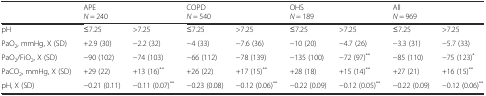
|  | <COLSPAN=2> APEN = 240 | <COLSPAN=2> COPDN = 540 | <COLSPAN=2> OHSN = 189 | <COLSPAN=2> AllN = 969 |
 | --- | --- | --- | --- | --- | --- | --- | --- | --- |
 | pH | ≤7.25 | >7.25 | ≤7.25 | >7.25 | ≤7.25 | >7.25 | ≤7.25 | >7.25 |
 | PaO2, mmHg, X (SD) | +2.9 (30) | −2.2 (32) | −4 (33) | −7.6 (36) | −10 (20) | −4.7 (26) | −3.3 (31) | −5.7 (33) |
 | PaO2/FiO2, X (SD) | −90 (102) | −74 (103) | −66 (112) | −78 (139) | −135 (100) | −72 (97)** | −85 (110) | −75 (123)* |
 | PaCO2, mmHg, X (SD) | +29 (22) | +13 (16)** | +26 (22) | +17 (15)** | +28 (18) | +15 (14)** | +27 (21) | +16 (15)** |
 | pH, X (SD) | −0.21 (0.11) | −0.11 (0.07)** | −0.23 (0.08) | −0.12 (0.06)** | −0.22 (0.09) | −0.12 (0.05)** | −0.22 (0.09) | −0.12 (0.06)** |